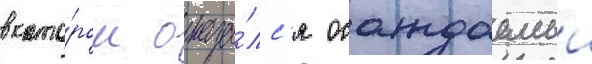
в кото́ром оказа́лс'я осаждаемыи